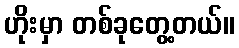
ဟိုးမှာ တစ်ခုတွေ့တယ်။